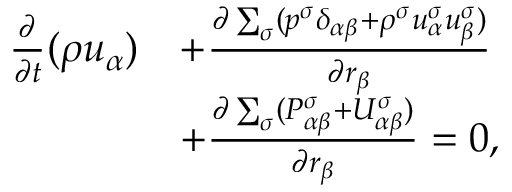
\begin{array} { r } { \begin{array} { r l } { \frac { \partial } { \partial t } ( \rho u _ { \alpha } ) } & { + \frac { \partial \sum _ { \sigma } ( p ^ { \sigma } \delta _ { \alpha \beta } + \rho ^ { \sigma } u _ { \alpha } ^ { \sigma } u _ { \beta } ^ { \sigma } ) } { \partial r _ { \beta } } } \\ & { + \frac { \partial \sum _ { \sigma } ( P _ { \alpha \beta } ^ { \sigma } + U _ { \alpha \beta } ^ { \sigma } ) } { \partial r _ { \beta } } = 0 , } \end{array} } \end{array}